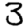
Digit: 3